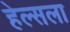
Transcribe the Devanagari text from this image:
हेल्सला